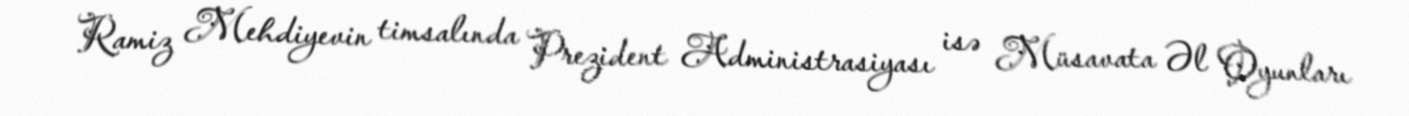
Ramiz Mehdiyevin timsalında Prezident Administrasiyası isə Müsavata Əl Oyunları